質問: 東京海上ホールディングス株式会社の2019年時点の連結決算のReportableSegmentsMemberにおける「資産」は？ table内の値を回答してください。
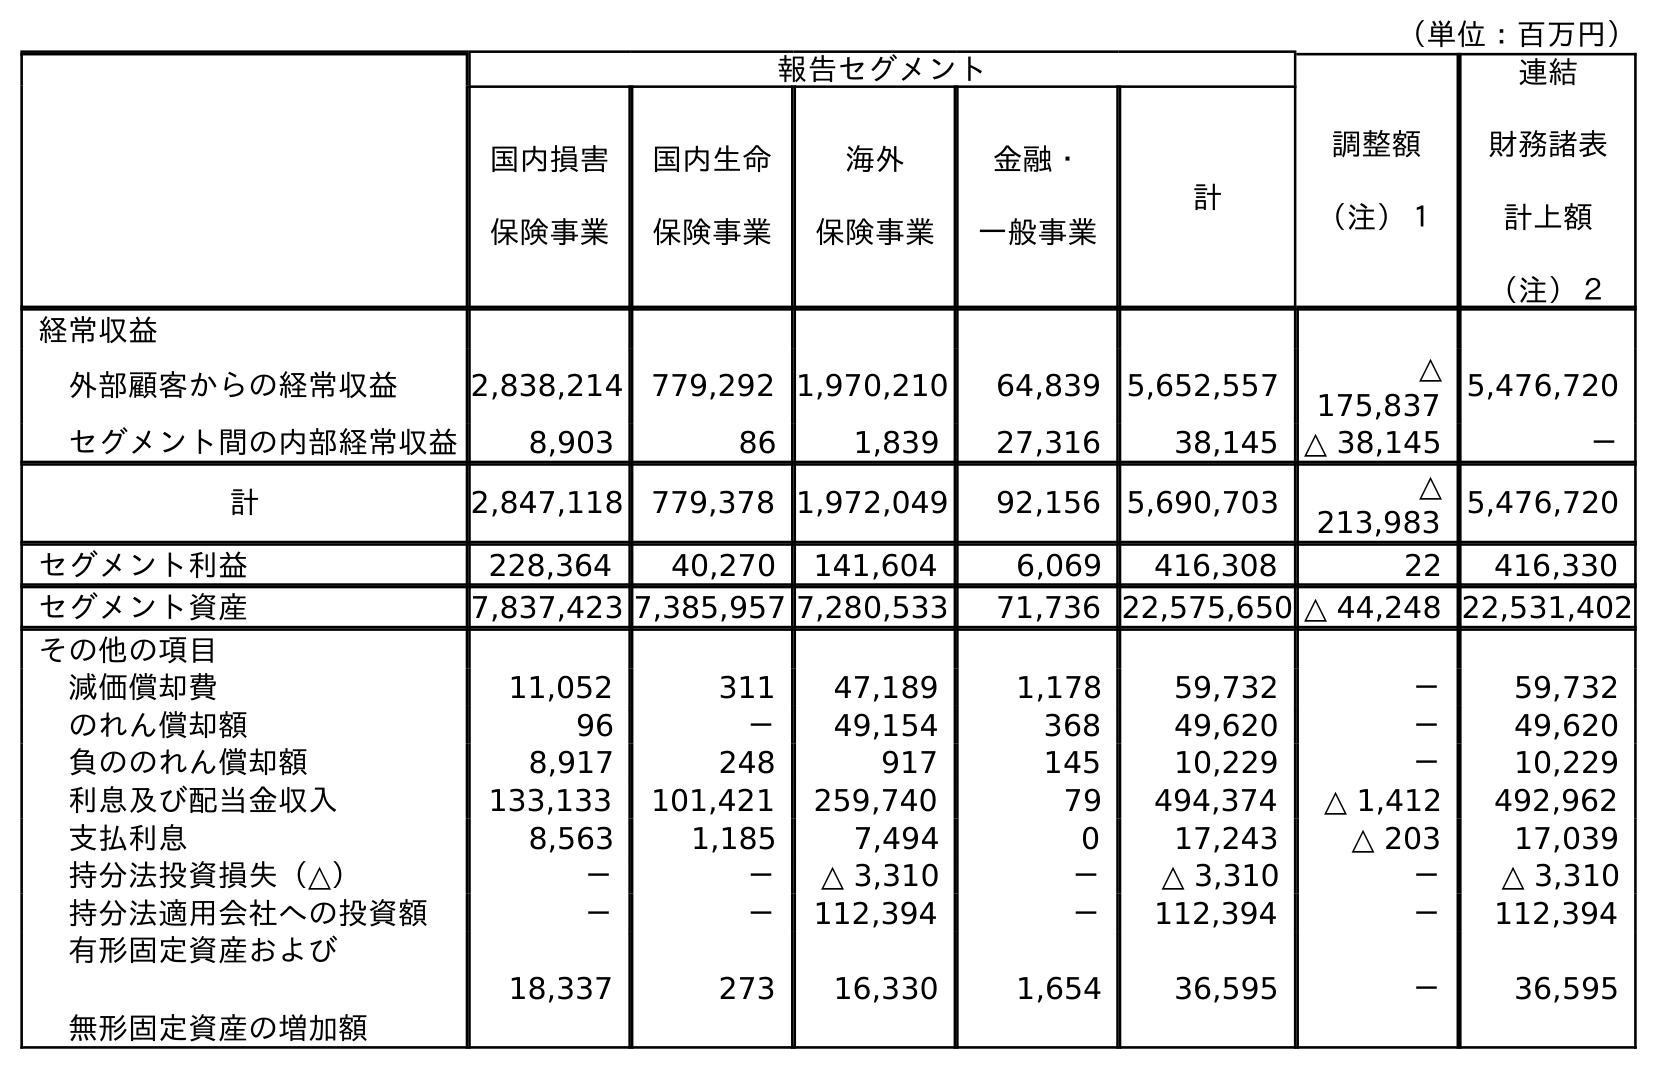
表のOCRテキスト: （単位：百万円） 報告セグメント 調整額 （注）１ 連結 財務諸表 計上額 （注）２ 国内損害 保険事業 国内生命 保険事業 海外 保険事業 金融・ 一般事業 計 経常収益 外部顧客からの経常収益 2,838,214 779,292 1,970,210 64,839 5,652,557 △ 175,837 5,476,720 セグメント間の内部経常収益 8,903 86 1,839 27,316 38,145 △ 38,145 － 計 2,847,118 779,378 1,972,049 92,156 5,690,703 △ 213,983 5,476,720 セグメント利益 228,364 40,270 141,604 6,069 416,308 22 416,330 セグメント資産 7,837,423 7,385,957 7,280,533 71,736 22,575,650 △ 44,248 22,531,402 その他の項目 減価償却費 11,052 311 47,189 1,178 59,732 － 59,732 のれん償却額 96 － 49,154 368 49,620 － 49,620 負ののれん償却額 8,917 248 917 145 10,229 － 10,229 利息及び配当金収入 133,133 101,421 259,740 79 494,374 △ 1,412 492,962 支払利息 8,563 1,185 7,494 0 17,243 △ 203 17,039 持分法投資損失（△） － － △ 3,310 － △ 3,310 － △ 3,310 持分法適用会社への投資額 － － 112,394 － 112,394 － 112,394 有形固定資産および 無形固定資産の増加額 18,337 273 16,330 1,654 36,595 － 36,595
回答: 22,575,650